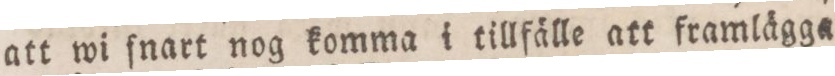
att wi ſnart nog komma i tillfälle att framlägga